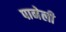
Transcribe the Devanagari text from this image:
पानेली